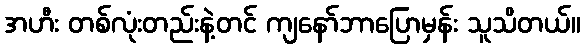
အဟီး တစ်လုံးတည်းနဲ့တင် ကျနော်ဘာပြောမှန်း သူသိတယ်။